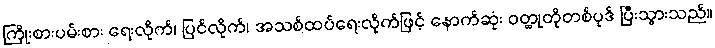
ကြိုးစားပမ်းစား ရေးလိုက်၊ ပြင်လိုက်၊ အသစ်ထပ်ရေးလိုက်ဖြင့် နောက်ဆုံး ဝတ္ထုတိုတစ်ပုဒ် ပြီးသွားသည်။